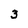
Character: 3